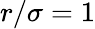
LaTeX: r/\sigma=1